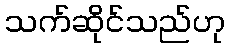
သက်ဆိုင်သည်ဟု